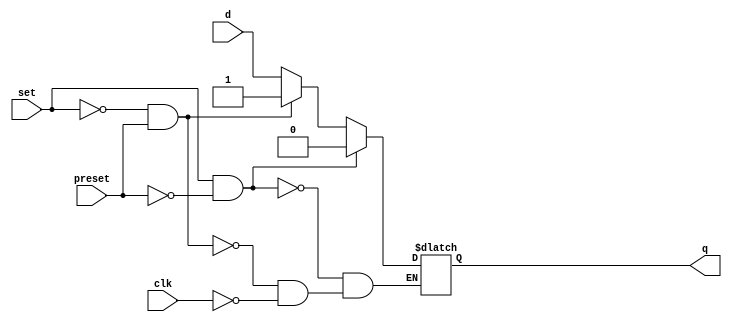
// SPDX-License-Identifier: Apache-2.0
// Copyright (C) 2019 Intel Corporation. All rights reserved
module aibnd_hgy_latch (
	input wire set,
	input wire preset,
	input wire clk,
	input wire d,
	output reg q
);

always@(*) begin
	if (set && !preset) begin
		q <= 0;
	end
	else if (!set && preset) begin
		q <= 1;
	end
	else begin
		if (clk)
			q <= d;
	end
end	
endmodule